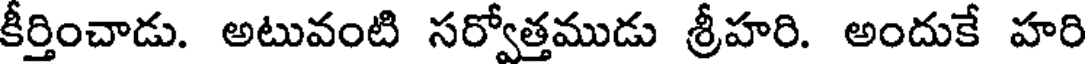
కీర్తించాడు. అటువంటి సర్వోత్తముడు శ్రీహరి. అందుకే హరి